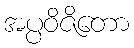
အပ္ပဝိဇိတော